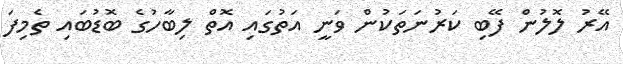
އޭރު ލޮލުން ފޭބި ކަރުނަތަކުން ވަނީ އަތުގައި އޮތް ލިބާހުގެ ބޮޑުބައި ތެމިފަ